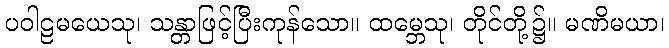
ပဝါဠမယေသု၊ သန္တာဖြင့်ပြီးကုန်သော။ ထမ္ဘေသု၊ တိုင်တို့၌။ မဏိမယာ၊